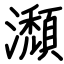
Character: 瀩